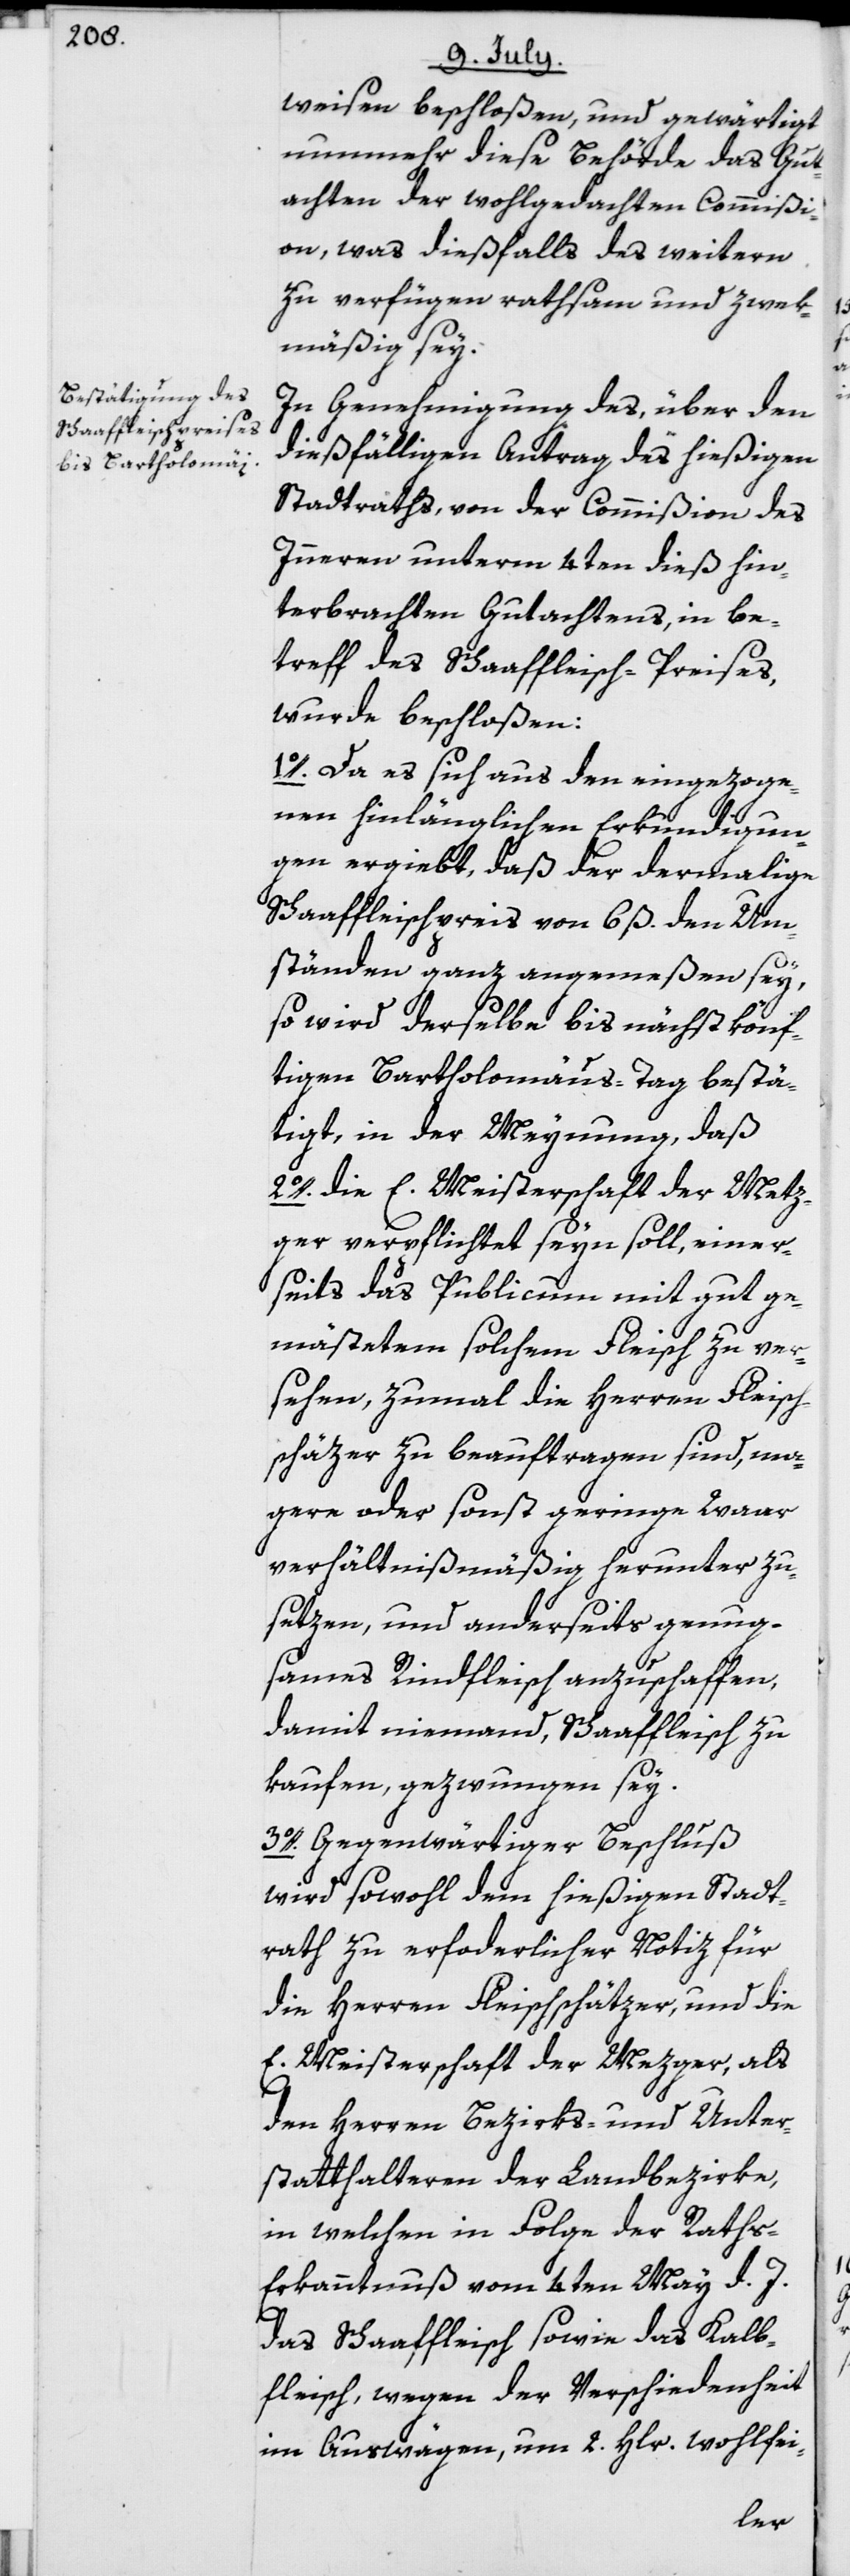
weisen beschloßen, und gewärtigt
nunmehr diese Behörde das Gut¬
achten der wohlgedachten Commißi¬
on, was dießfalls des weitern
zu verfügen rathsam und zwek¬
mäßig sey.
In Genehmigung des, über den
dießfälligen Antrag des hießigen
Stadtraths, von der Commißion des
Inneren unterm 4ten dieß hin¬
terbrachten Gutachtens, in be¬
treff des Schaaffleisch-Preises,
wurde beschloßen:
1o. Da es sich aus den eingezoge¬
nen hinlänglichen Erkundigun¬
gen ergiebt, daß der dermalige
Schaaffleischpreis von 6 ß. den Um¬
ständen ganz angemeßen sey,
so wird derselbe bis nächstkönf¬
tigen Bartholomäus-Tag bestä¬
tigt, in der Meynung, daß
2o. die E. Meisterschaft der Metz¬
ger verpflichtet seyn soll, einer¬
seits das Publicum mit gut ge¬
mästetem solchem Fleisch zu ver¬
sehen, zumal die Herren Fleisch¬
schäzer zu beauftragen sind, ma¬
gere oder sonst geringe Waar
verhältnißmäßig herunter zu
setzen, und anderseits genug¬
sames Rindfleisch anzuschaffen,
damit niemand, Schaaffleisch zu
kaufen, gezwungen sey.
3o. Gegenwärtiger Beschluß
wird sowohl dem hießigen Stadt¬
rath zu erforderlicher Notiz für
die Herren Fleischschätzer, und die
E. Meisterschaft der Mezger, als
den Herren Bezirks- und Unter¬
statthalteren der Landbezirke,
in welchen in Folge der Rath¬
s-Erkanntnuß vom 4ten May d. J.
das Schaaffleisch sowie das Kalb¬
fleisch, wegen der Verschiedenheit
im Auswägen, um 2. Hlr. wohlfei-